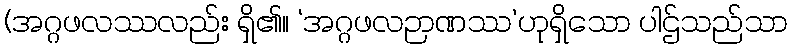
(အဂ္ဂဖလဿလည်း ရှိ၏။ ‘အဂ္ဂဖလဉာဏဿ’ဟုရှိသော ပါဌ်သည်သာ